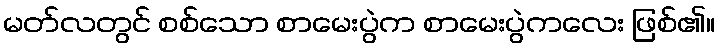
မတ်လတွင် စစ်သော စာမေးပွဲက စာမေးပွဲကလေး ဖြစ်၏။